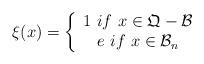
LaTeX: \begin{align*}\xi(x) = \left\{ {\begin{array}{*{20}c} 1~if~x \in \mathfrak{Q} -\mathcal{B} \\ e~if ~x \in \mathcal{B}_n \\ \end{array} } \right.\end{align*}